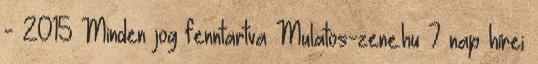
- 2015 Minden jog fenntartva Mulatos-zene.hu 7 nap hírei